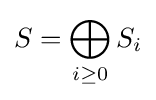
S=\bigoplus _{i\geq 0}S_{i}